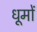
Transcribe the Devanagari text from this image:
धूमों